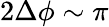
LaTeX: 2\Delta\phi\sim\pi